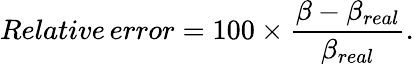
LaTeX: Relative\, error=100\times\frac{\beta-\beta_{real}}{\beta_{real}}.